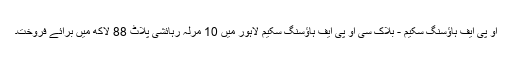
او پی ایف ہاؤسنگ سکیم - بلاک سی او پی ایف ہاؤسنگ سکیم لاہور میں 10 مرلہ رہائشی پلاٹ 88 لاکھ میں برائے فروخت۔